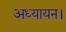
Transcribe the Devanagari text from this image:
अध्यायन।